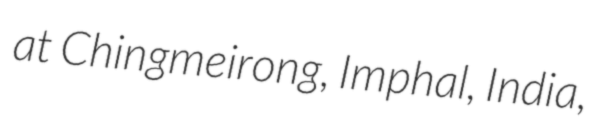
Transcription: at Chingmeirong, Imphal, India,